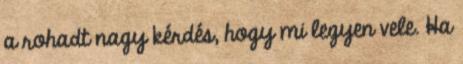
a rohadt nagy kérdés, hogy mi legyen vele. Ha